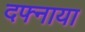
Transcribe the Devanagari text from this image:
दफ्नाया